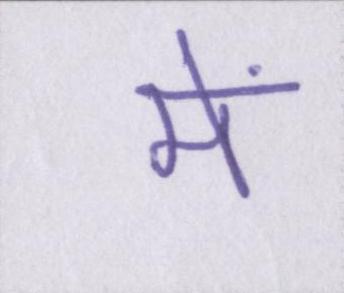
में